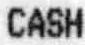
CASH